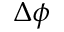
\Delta \phi